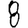
Digit: 8